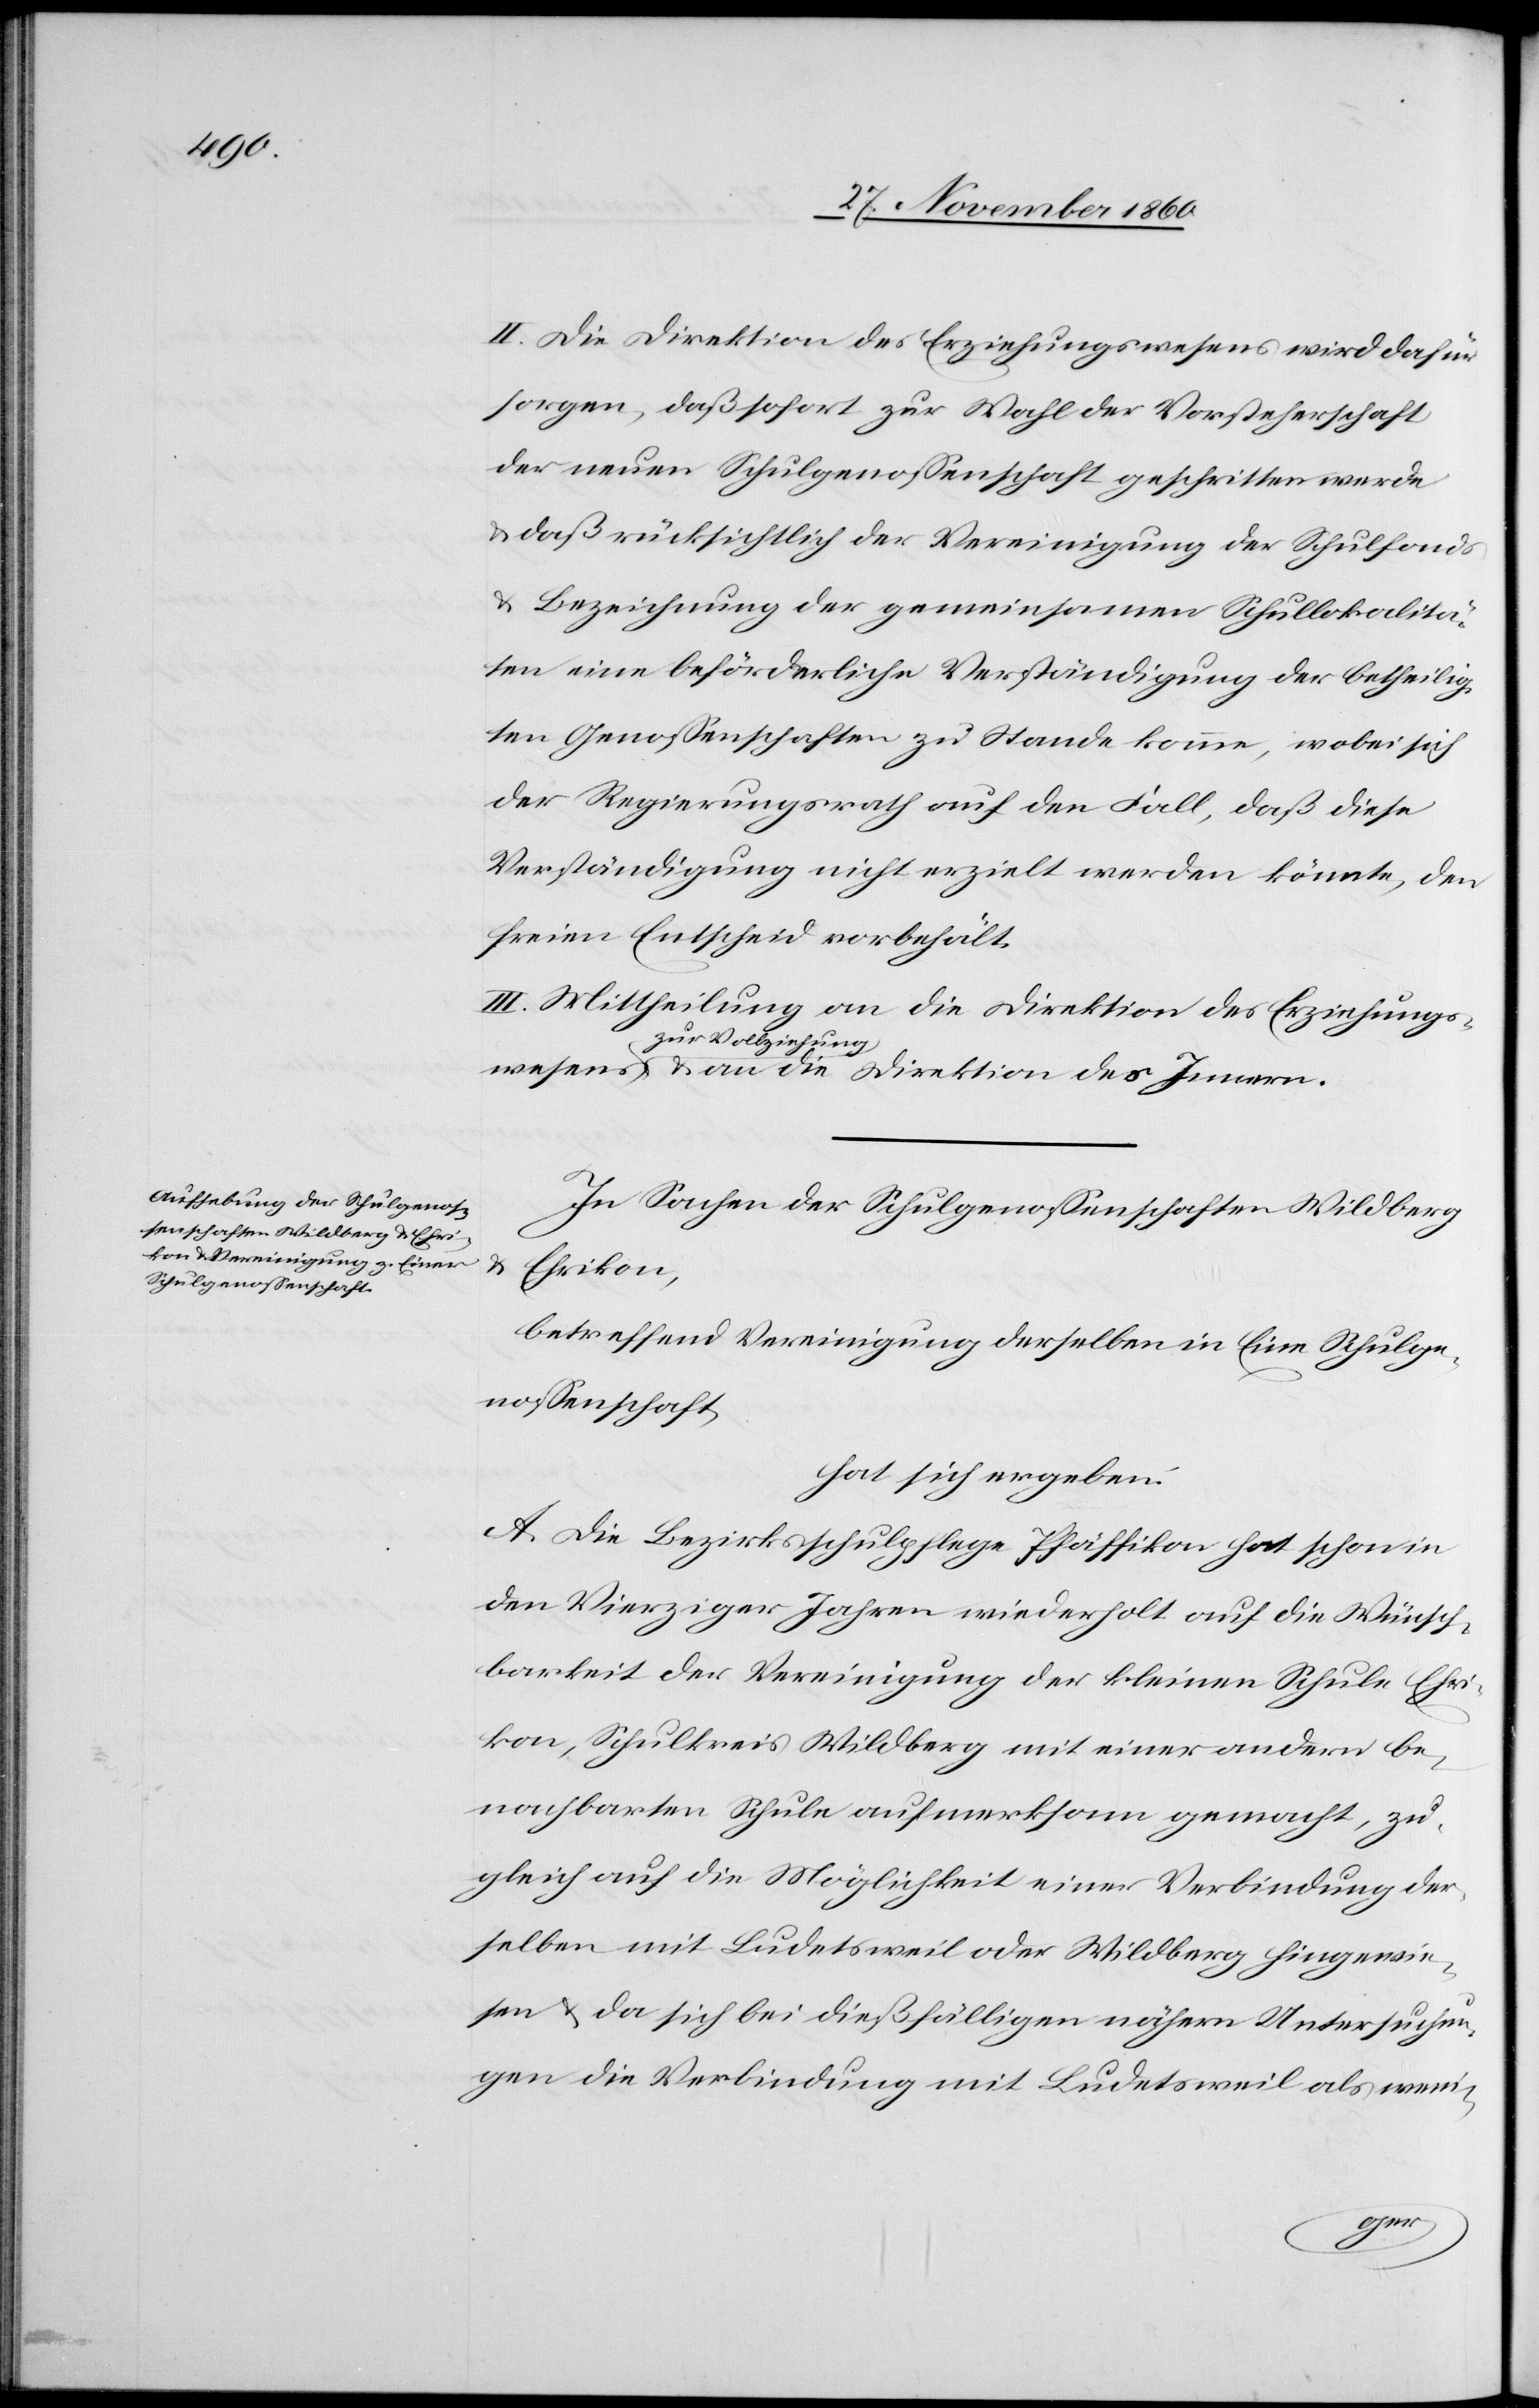
wesens

II. Die Direktion des Erziehungswesens wird dafür
sorgen, daß sofort zur Wahl der Vorsteherschaft
der neuen Schulgenossenschaft geschritten werde
u. daß rücksichtlich der Vereinigung der Schulfonds
u. Bezeichnung der gemeinsamen Schullokalitä¬
ten eine beförderliche Verständigung der betheilig¬
ten Genossenschaften zu Stande komme, wobei sich
der Regierungsrath auf den Fall, daß diese
Verständigung nicht erzielt werden könnte, den
freien Entscheid vorbehält.
III. Mittheilung an die Direktion des Erziehungs¬
zur Vollziehung
In Sachen der Schulgenossenschaften Wildberg
Ehrikon,
betreffend Vereinigung derselben in Eine Schulge¬
nossenschaft,
hat sich ergeben:
A. Die Bezirksschulpflege Pfäffikon hat schon in
den Vierziger Jahren wiederholt auf die Wünsch¬
barkeit der Vereinigung der kleinen Schule Ehri¬
kon, Schulkreis Wildberg mit einer andern be¬
nachbarten Schule aufmerksam gemacht, zu¬
gleich auf die Möglichkeit einer Verbindung der¬
selben mit Ludetsweil oder Wildberg hingewie¬
sen u. da sich bei dießfälligen nähern Untersuchun¬
gen die Verbindung mit Ludetsweil als weni-
des